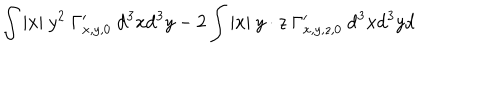
\int | x | \ y ^ { 2 } \ \Gamma _ { x , y , 0 } ^ { \prime } \ \mathrm { d } ^ { 3 } x \mathrm { d } ^ { 3 } y - 2 \int | x | \ y \cdot z \ \Gamma _ { x , y , z , 0 } ^ { \prime } \ \mathrm { d } ^ { 3 } x \mathrm { d } ^ { 3 } y \mathrm { d }